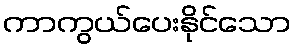
ကာကွယ်ပေးနိုင်သော